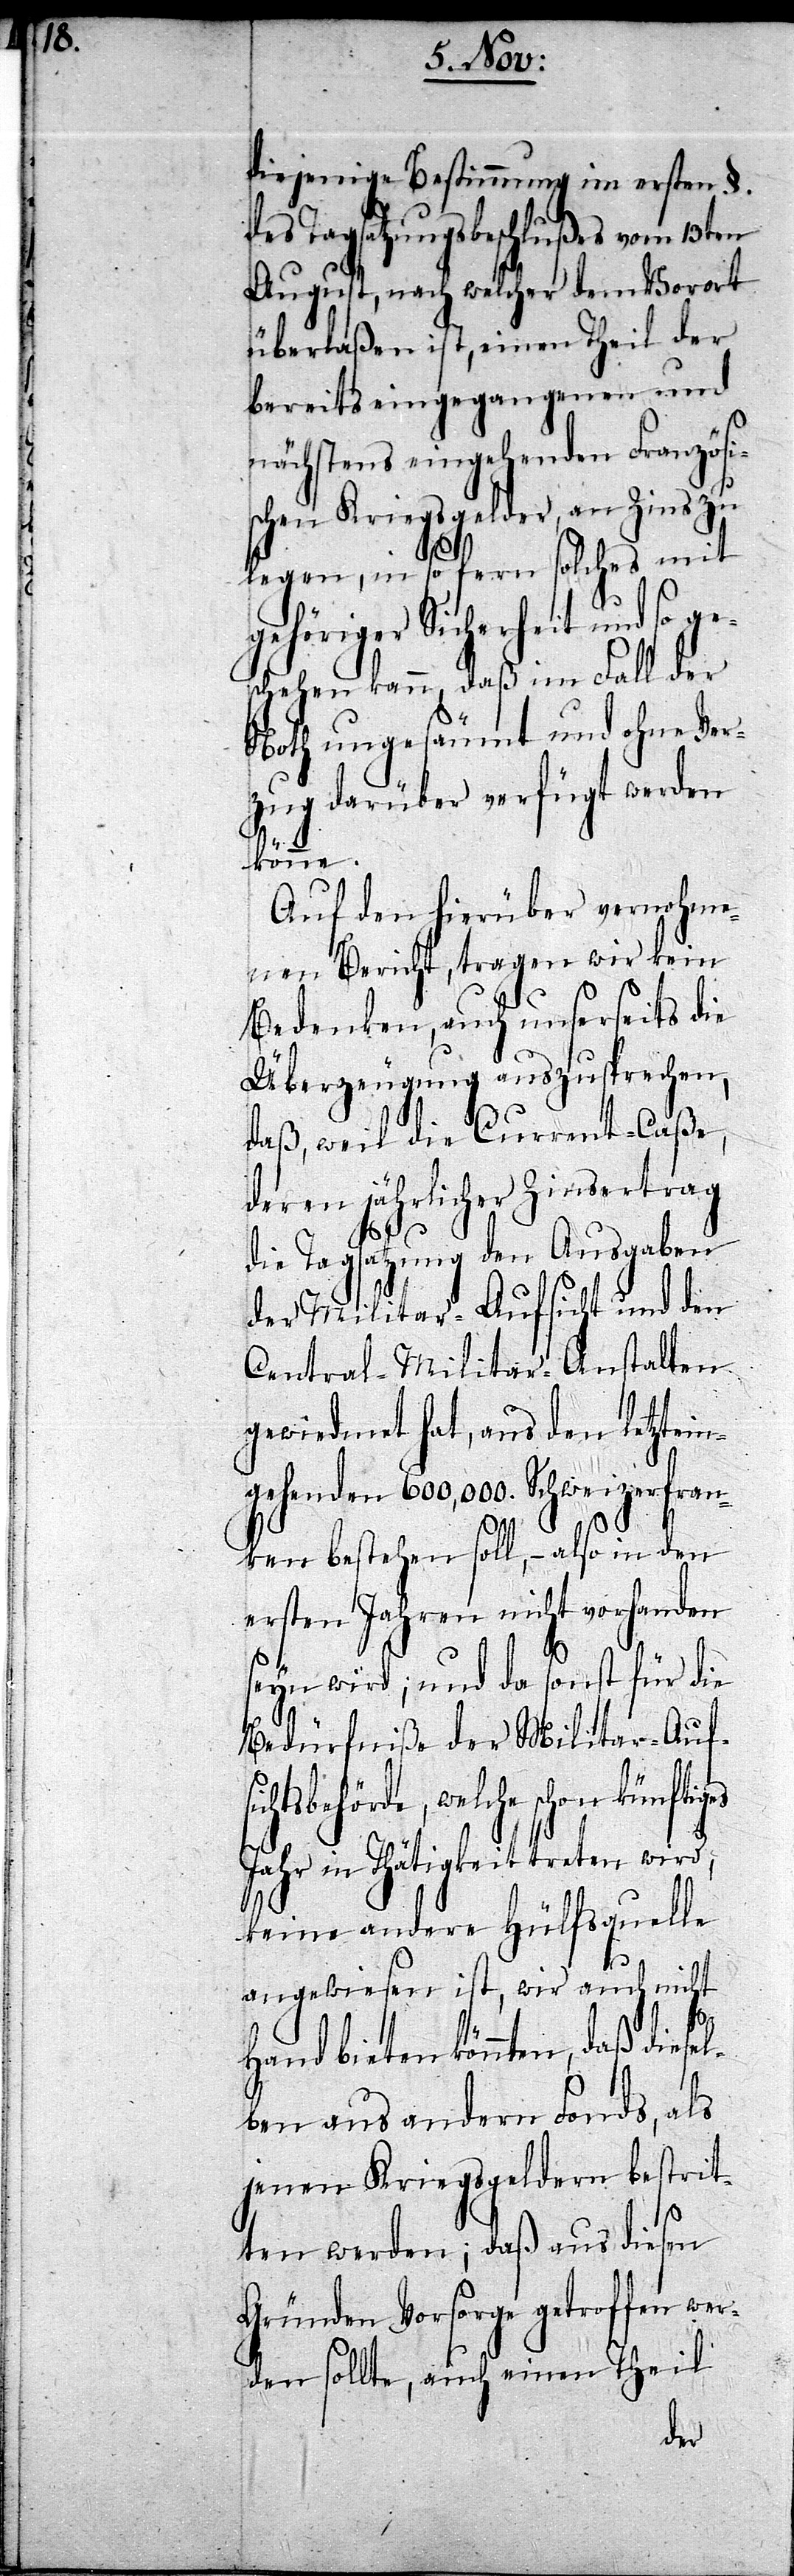
diejenige Bestimmung im ersten §.
des Tagsatzungsbeschlußes vom 13ten
August, nach welcher dem Vorort
überlaßen ist, einen Theil der
bereits eingegangenen und
nächstens eingehenden Französi¬
schen Kriegsgelder, an Zins zu
e¬
legen, in so fern solches mit
gehöriger Sicherheit und so g¬
schehen kann, daß im Fall der
Noth ungesäumt und ohne Ver¬
zug darüber verfügt werden
könne.
Auf den hierüber vernohme¬
nen Bericht, tragen wir kein
Bedenken, auch unserseits die
Überzeugung auszusprechen,
daß, weil die Current-Caße,
deren jährlicher Zinsertrag
die Tagsatzung den Ausgaben
der Militar-Aufsicht und den
Central-Militar-Anstalten
gewiedmet hat, aus den letzein¬
gehenden 600,000. Schweizerfran¬
sich¬
ken bestehen soll, – also in den
ersten Jahren nicht vorhanden
seyn wird; und da sonst für die
Bedürfniße der Militar-Auf¬
tsbehörde, welche schon
Jahr in Thätigkeit treten wird,
keine andere Hülfsquelle
angewiesen ist, wir auch nicht
bieten könnten, daß diese¬
lben aus andern Fonds, als
jenen Kriegsgeldern bestrit¬
ten werden; daß aus diesen
Gründen Vorsorge getroffen we¬
rden sollte, auch einen Theil